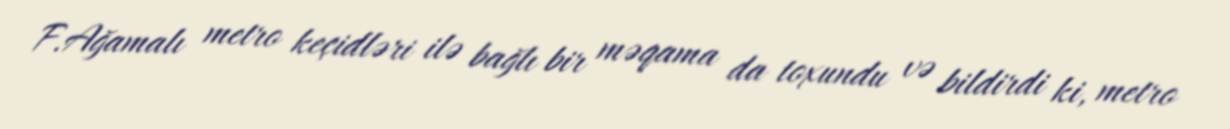
F.Ağamalı metro keçidləri ilə bağlı bir məqama da toxundu və bildirdi ki, metro